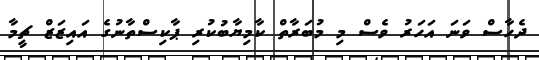
ދެހާސް ވަނަ އަހަރު ވެސް މި މުބަރާތް ކާމިޔާބުކުރި ޕާކިސްތާނުގެ އައިޒަޒް ޗީމާ